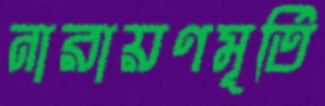
নারায়ণমূর্তি